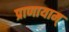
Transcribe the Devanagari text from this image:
प्राणायाम्